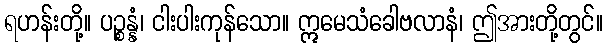
ရဟန်းတို့။ ပဉ္စန္နံ၊ ငါးပါးကုန်သော။ ဣမေသံခေါဗလာနံ၊ ဤအားတို့တွင်။